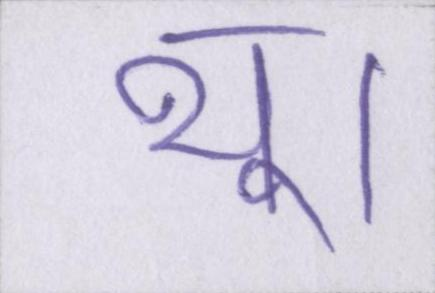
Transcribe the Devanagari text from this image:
थू।